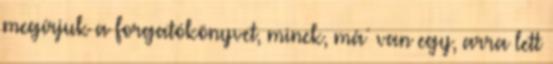
megírjuk a forgatókönyvet, minek, má´ van egy, arra lett